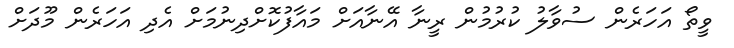
ވީތޯ އަހަރެން ސުވާލު ކުރުމުން ރީނާ އޭނާއަށް މައާފުކޮށްދިނުމަށް އެދި އަހަރެން މޫދަށް